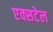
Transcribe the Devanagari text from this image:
एक्सटेल